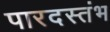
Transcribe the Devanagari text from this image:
पारदस्तंभ